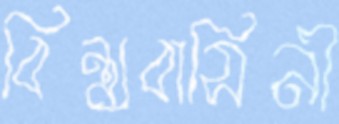
বিন্ধ্যবাসিনী